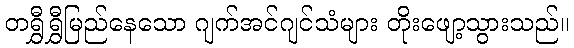
တရွှီရွှီမြည်နေသော ဂျက်အင်ဂျင်သံများ တိုးဖျော့သွားသည်။